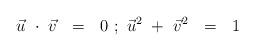
LaTeX: \begin{align*}\vec{u}\ \cdot\ \vec{v}\ \ =\ \ 0\ ;\ \vec{u}^2\ +\ \vec{v}^2\ \ =\ \ 1\ \end{align*}